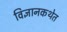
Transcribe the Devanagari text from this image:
विज्ञानकथेत